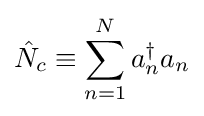
{\hat {N}}_{c}\equiv \sum _{n=1}^{N}a_{n}^{\dagger }a_{n}